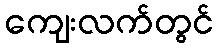
ကျေးလက်တွင်